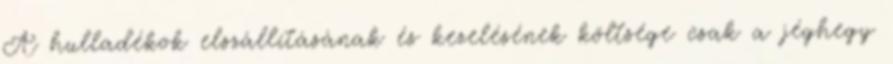
A hulladékok elszállításának és kezelésének költsége csak a jéghegy